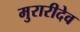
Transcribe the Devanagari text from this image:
मुरारीदेव